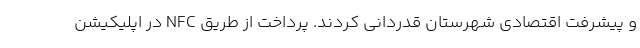
و پیشرفت اقتصادی شهرستان قدردانی کردند. پرداخت از طریق NFC در اپلیکیشن